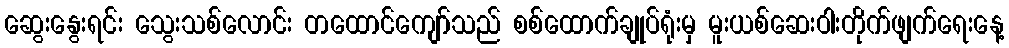
ဆွေးနွေးရင်း သွေးသစ်လောင်း တထောင်ကျော်သည် စစ်ထောက်ချုပ်ရုံးမှ မူးယစ်ဆေးဝါးတိုက်ဖျက်ရေးနေ့